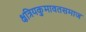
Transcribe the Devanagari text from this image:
क्षत्रियकुमावतसमाज